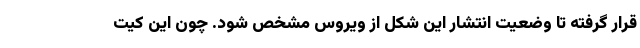
قرار گرفته تا وضعیت انتشار این شکل از ویروس مشخص شود. چون این کیت